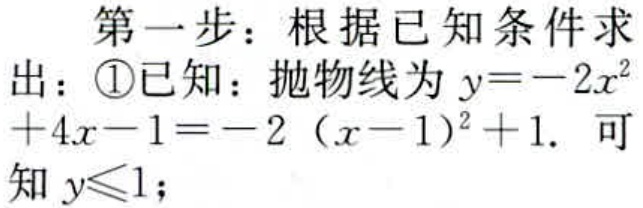
第一步：根据已知条件求出：\textcircled{1}已知：抛物线为\(y = - 2x^{2}+4x - 1=-2(x - 1)^{2}+1\). 可知\(y\leqslant1\)；